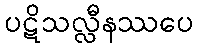
ပဋိသလ္လီနဿပေ